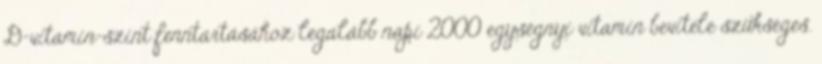
D-vitamin-szint fenntartásához legalább napi 2000 egységnyi vitamin bevitele szükséges.